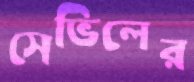
সেভিলের